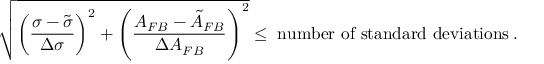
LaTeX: \sqrt { \left( \frac { \sigma - \tilde { \sigma } } { \Delta \sigma } \right) ^ { 2 } + \left( \frac { A _ { F B } - \tilde { A } _ { F B } } { \Delta A _ { F B } } \right) ^ { 2 } } \leq \; \mathrm { n u m b e r ~ o f ~ s t a n d a r d ~ d e v i a t i o n s } \: .